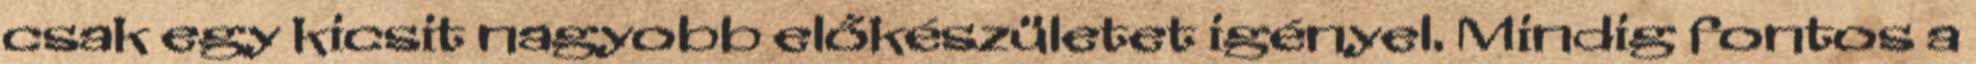
csak egy kicsit nagyobb előkészületet igényel. Mindig fontos a